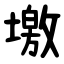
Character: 墽